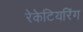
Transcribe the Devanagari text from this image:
रेकेटियरिंग